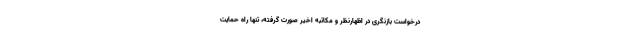
درخواست بازنگری در اظهارنظر و مکاتبه اخیر صورت گرفته، تنها راه حمایت